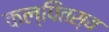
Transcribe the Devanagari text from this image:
कल्पितस्य